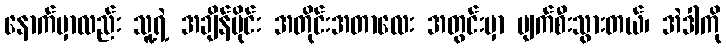
နောက်မှာလည်း သူ့ရဲ့ အချိန်ပိုင်း အတိုင်းအတာလေး အတွင်းမှာ ပျက်စီးသွားတယ်၊ အဲဒါကို